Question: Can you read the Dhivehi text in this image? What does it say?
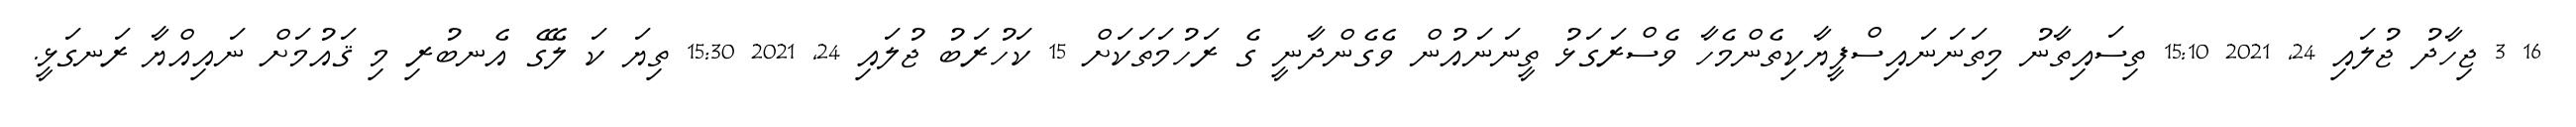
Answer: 16 3 ޖިހާދު ޖުލައި 24, 2021 15:10 ތިސައިތާނު މިތަނަނައިސްފީޔާކިތެންމެހާ ވެސްރަގަޅު ތީނަނައުން ވެގެންދާނީ ގެ ރަހުމަތަކަށް 15 ކަހުރަބު ޖުލައި 24, 2021 15:30 ތިޔަ ކަ ލޭގެ އެނބުރި މި ޤައުމަށް ނައިއްޔާ ރަނގަޅީ.